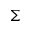
\Sigma